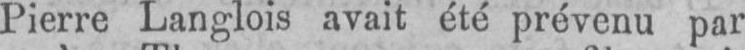
Pierre Langlois avait été prévenu par